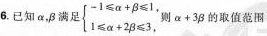
6.已知\alpha ，\beta 满足$$\left\{ \begin{matrix} -1 \leq \alpha + \beta \leq 1, \\ 1 \leq \alpha +2 \beta \leq 3,\end{matrix} \right.$$则$$\alpha +3\beta $$的取值范围